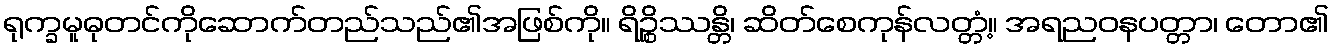
ရုက္ခမူဓုတင်ကိုဆောက်တည်သည်၏အဖြစ်ကို။ ရိဉ္စိဿန္တိ၊ ဆိတ်စေကုန်လတ္တံ့။ အရညဝနပတ္တာ၊ တော၏